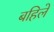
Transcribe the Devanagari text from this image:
बहिले